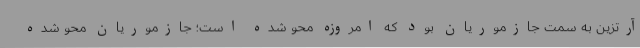
آرتزین به سمت جازموریان بود که امروزه محو شده است؛ جازموریان محو شده